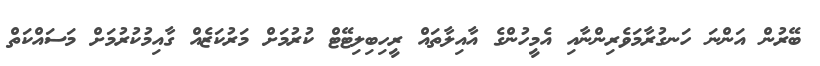
ބޭރުން އަންނަ ހަނގުރާމަވެރިންނާއި އެމީހުންގެ އާއިލާތައް ރީހިބިލިޓޭޓް ކުރުމަށް މަރުކަޒެއް ގާއިމުކުރުމަށް މަސައްކަތް